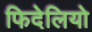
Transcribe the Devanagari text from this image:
फिदेलियो